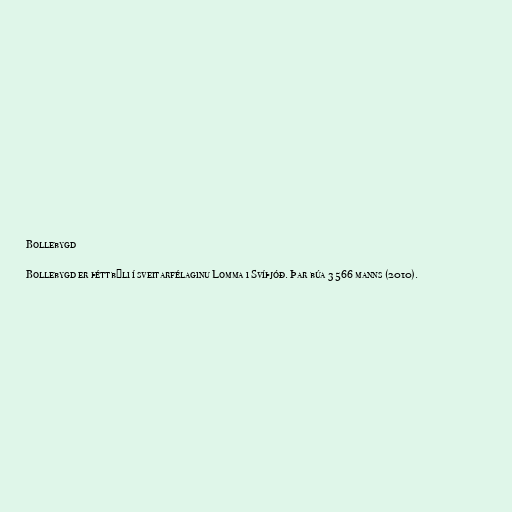
Bollebygd

Bollebygd er þéttbýli í sveitarfélaginu Lomma i Svíþjóð. Þar búa 3 566 manns (2010).